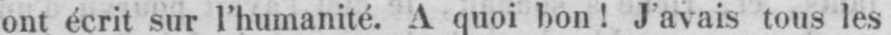
ont écrit sur l’humanité. A quoi bon! J’avais tous les